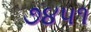
૭૪૫૧